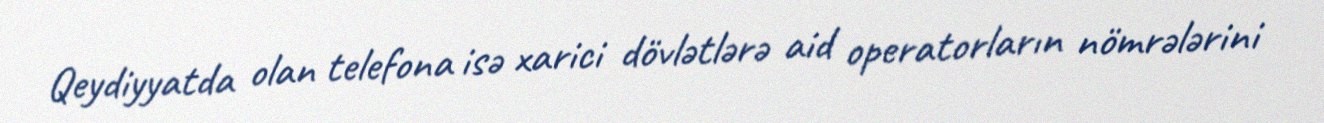
Qeydiyyatda olan telefona isə xarici dövlətlərə aid operatorların nömrələrini